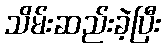
သိမ်းဆည်းခဲ့ပြီး